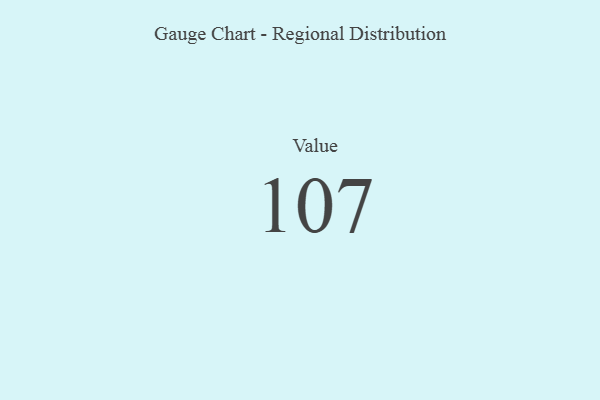
{"axis": {"x": "Metric", "y": "Value"}, "legend": [""], "data": [{"x": "Value", "y": 107, "type": ""}]}